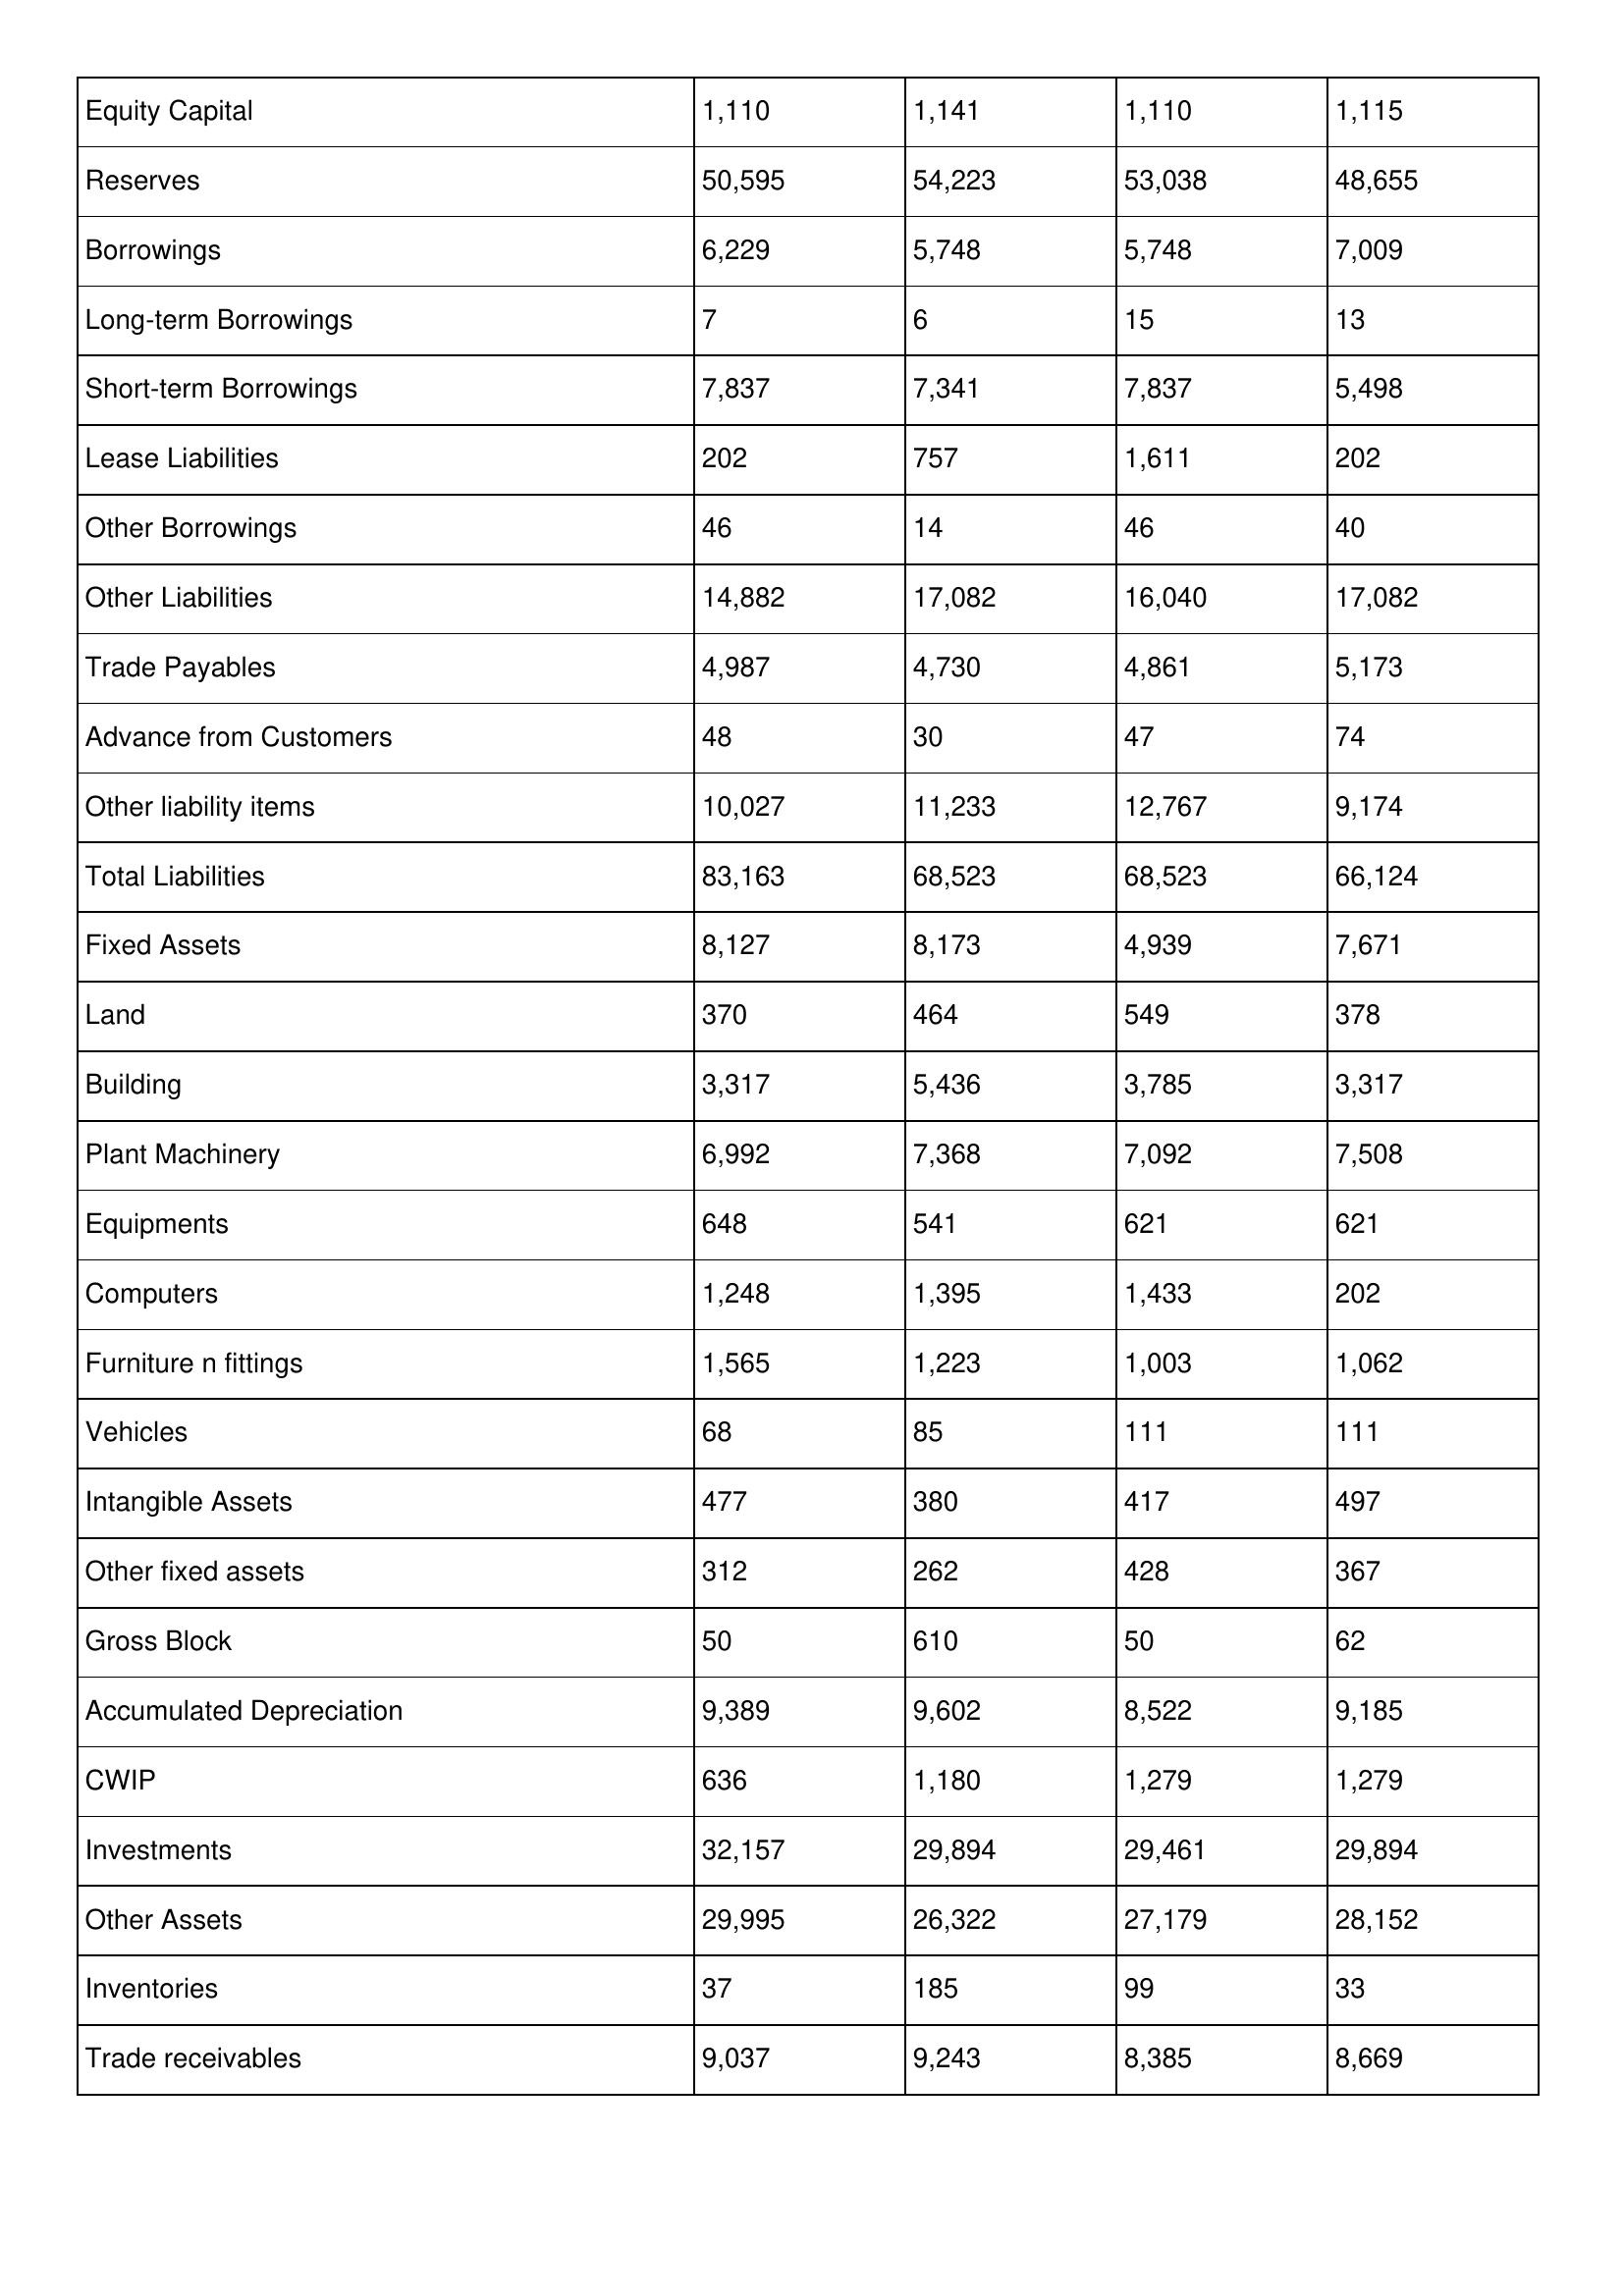
gt_parse: 1994: Balance Sheet: Equity Capital: 1,110
Reserves: 50,595
Borrowings: 6,229
Long-term Borrowings: 7
Short-term Borrowings: 7,837
Lease Liabilities: 202
Other Borrowings: 46
Other Liabilities: 14,882
Trade Payables: 4,987
Advance from Customers: 48
Other liability items: 10,027
Total Liabilities: 83,163
Fixed Assets: 8,127
Land: 370
Building: 3,317
Plant Machinery: 6,992
Equipments: 648
Computers: 1,248
Furniture n fittings: 1,565
Vehicles: 68
Intangible Assets: 477
Other fixed assets: 312
Gross Block: 50
Accumulated Depreciation: 9,389
CWIP: 636
Investments: 32,157
Other Assets: 29,995
Inventories: 37
Trade receivables: 9,037
1993: Balance Sheet: Equity Capital: 1,141
Reserves: 54,223
Borrowings: 5,748
Long-term Borrowings: 6
Short-term Borrowings: 7,341
Lease Liabilities: 757
Other Borrowings: 14
Other Liabilities: 17,082
Trade Payables: 4,730
Advance from Customers: 30
Other liability items: 11,233
Total Liabilities: 68,523
Fixed Assets: 8,173
Land: 464
Building: 5,436
Plant Machinery: 7,368
Equipments: 541
Computers: 1,395
Furniture n fittings: 1,223
Vehicles: 85
Intangible Assets: 380
Other fixed assets: 262
Gross Block: 610
Accumulated Depreciation: 9,602
CWIP: 1,180
Investments: 29,894
Other Assets: 26,322
Inventories: 185
Trade receivables: 9,243
1992: Balance Sheet: Equity Capital: 1,110
Reserves: 53,038
Borrowings: 5,748
Long-term Borrowings: 15
Short-term Borrowings: 7,837
Lease Liabilities: 1,611
Other Borrowings: 46
Other Liabilities: 16,040
Trade Payables: 4,861
Advance from Customers: 47
Other liability items: 12,767
Total Liabilities: 68,523
Fixed Assets: 4,939
Land: 549
Building: 3,785
Plant Machinery: 7,092
Equipments: 621
Computers: 1,433
Furniture n fittings: 1,003
Vehicles: 111
Intangible Assets: 417
Other fixed assets: 428
Gross Block: 50
Accumulated Depreciation: 8,522
CWIP: 1,279
Investments: 29,461
Other Assets: 27,179
Inventories: 99
Trade receivables: 8,385
1991: Balance Sheet: Equity Capital: 1,115
Reserves: 48,655
Borrowings: 7,009
Long-term Borrowings: 13
Short-term Borrowings: 5,498
Lease Liabilities: 202
Other Borrowings: 40
Other Liabilities: 17,082
Trade Payables: 5,173
Advance from Customers: 74
Other liability items: 9,174
Total Liabilities: 66,124
Fixed Assets: 7,671
Land: 378
Building: 3,317
Plant Machinery: 7,508
Equipments: 621
Computers: 202
Furniture n fittings: 1,062
Vehicles: 111
Intangible Assets: 497
Other fixed assets: 367
Gross Block: 62
Accumulated Depreciation: 9,185
CWIP: 1,279
Investments: 29,894
Other Assets: 28,152
Inventories: 33
Trade receivables: 8,669